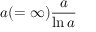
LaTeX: a ( = \infty ) { \frac { a } { \ln a } }